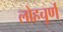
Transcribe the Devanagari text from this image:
लोहचूर्ण